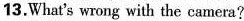
13.What's wrong with the camera?